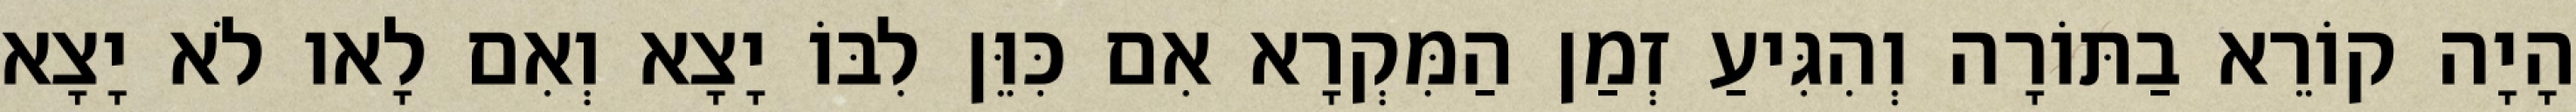
הָיָה קוֹרֵא בַתּוֹרָה וְהִגִּיעַ זְמַן הַמִּקְרָא אִם כִּוֵּן לִבּוֹ יָצָא וְאִם לָאו לֹא יָצָא